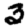
Digit: 3